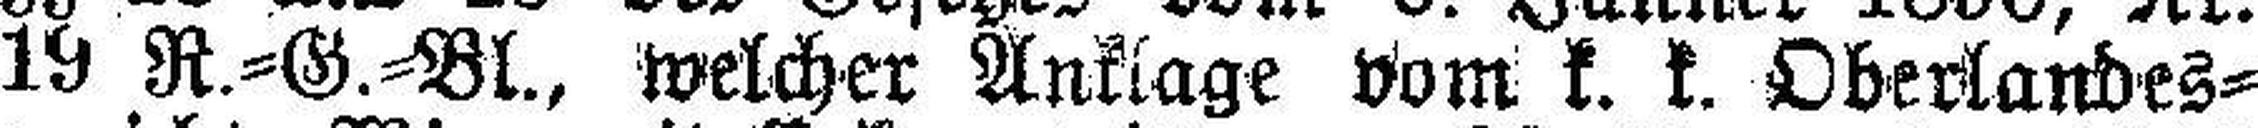
19 R.=G.=Bl., welcher Anklage vom k. k. Oberlandes¬